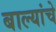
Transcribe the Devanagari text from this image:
बाल्यांचे